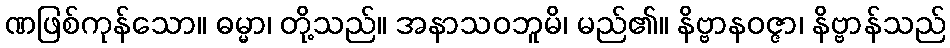
ဏဖြစ်ကုန်သော။ ဓမ္မာ၊ တို့သည်။ အနာသဝဘူမိ၊ မည်၏။ နိဗ္ဗာနဝဇ္ဇာ၊ နိဗ္ဗာန်သည်